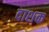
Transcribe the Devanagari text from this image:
दाशक